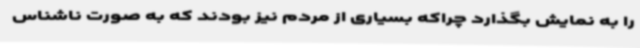
را به نمایش بگذارد چراکه بسیاری از مردم نیز بودند که به صورت ناشناس